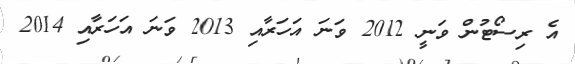
އެ ރިސޯޓުން ވަނީ 2012 ވަނަ އަހަރާއި 2013 ވަނަ އަހަރާއި 2014